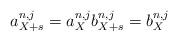
LaTeX: \begin{align*} a_{X+s}^{n,j} = a_X^{n,j} b_{X+s}^{n,j} = b_X^{n,j}\end{align*}